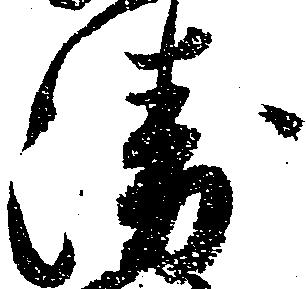
衛